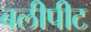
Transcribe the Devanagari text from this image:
बलीपीट